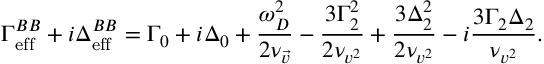
\Gamma _ { \mathrm { e f f } } ^ { B B } + i \Delta _ { \mathrm { e f f } } ^ { B B } = \Gamma _ { 0 } + i \Delta _ { 0 } + \frac { \omega _ { D } ^ { 2 } } { 2 \nu _ { \vec { v } } } - \frac { 3 \Gamma _ { 2 } ^ { 2 } } { 2 \nu _ { v ^ { 2 } } } + \frac { 3 \Delta _ { 2 } ^ { 2 } } { 2 \nu _ { v ^ { 2 } } } - i \frac { 3 \Gamma _ { 2 } \Delta _ { 2 } } { \nu _ { v ^ { 2 } } } .